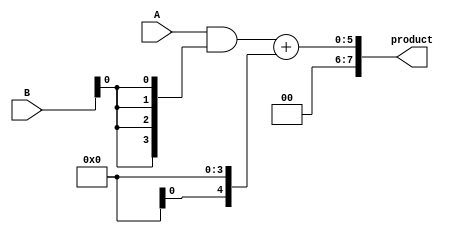
module async_wallace_tree_multiplier #(parameter N = 4) (
    input [N-1:0] A,
    input [N-1:0] B,
    output reg [2*N-1:0] product
);
    
    // Partial product generation
    wire [N-1:0] pp [N-1:0]; // Partial products array
    genvar i, j;

    generate
        for (i = 0; i < N; i = i + 1) begin : gen_partial_products
            assign pp[i] = A & {N{B[i]}};
        end
    endgenerate

    // Wallace Tree Reduction
    wire [N-1:0] sum [N:0]; // Sums at each level
    wire [N:0] carry [N:0]; // Carries at each level

    // Level 0: Initial Partial Products
    assign sum[0] = pp[0];
    assign carry[0] = 0; // No carry in the first level

    // Wallace Tree structure (Reduction)
    genvar level;
    generate
        for (level = 0; level < N-1; level = level + 1) begin : wallace_tree
            wire [N:0] temp_sum;
            wire [N:0] temp_carry;

            // Full Adder and Half Adder logic
            for (j = 0; j < N; j = j + 1) begin : adders
                if (j < N-1) begin
                    // Full Adder for three inputs: sum and carry from previous
                    assign temp_sum[j] = sum[level][j] ^ carry[level][j];
                    assign temp_carry[j] = (sum[level][j] & carry[level][j]) | (carry[level][j] & (j < N-1 ? sum[level][j+1] : 0));
                end else begin
                    // Half Adder for the last two inputs
                    assign temp_sum[j] = sum[level][j];
                    assign temp_carry[j] = carry[level][j];
                end
            end
            
            assign sum[level + 1] = temp_sum;
            assign carry[level + 1] = temp_carry;
        end
    endgenerate

    // Final Addition
    wire [2*N-1:0] final_sum;
    wire [2*N-1:0] final_carry;

    assign final_sum = {1'b0, sum[N-1]} + {1'b0, carry[N-1]}; // Final addition of last level sum and carry

    always @(*) begin
        product = final_sum; // Assign final product
    end

endmodule